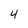
Character: 4